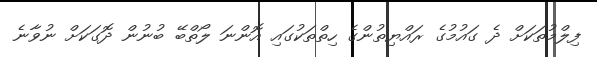
ފިލްމުތަކަށް ދެ ގައުމުގެ ރައްޔިތުންގެ ހިތްތަކުގައި އޮންނަ ލޯތްބޭ ބުނުން ދޮގަކަށް ނުވާނެ